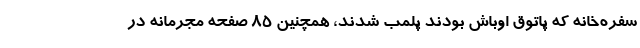
سفره‌خانه که پاتوق اوباش بودند پلمب شدند، همچنین 85 صفحه مجرمانه در